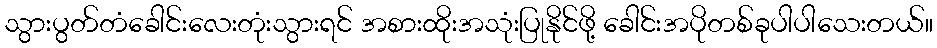
သွားပွတ်တံခေါင်းလေးတုံးသွားရင် အစားထိုးအသုံးပြုနိုင်ဖို့ ခေါင်းအပိုတစ်ခုပါပါသေးတယ်။